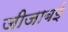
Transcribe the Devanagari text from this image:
जीजाबई